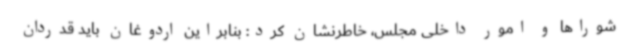
شوراها و امور داخلی مجلس، خاطرنشان کرد: بنابراین اردوغان باید قدردان